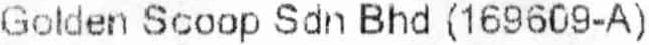
GOLDEN SCOOP SDN BHD (169609-A)